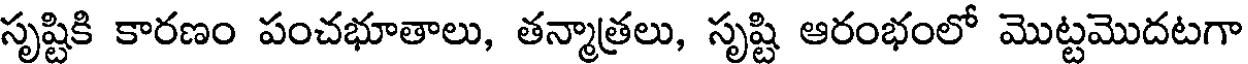
సృష్టికి కారణం పంచభూతాలు, తన్మాత్రలు, సృష్టి ఆరంభంలో మొట్టమొదటగా